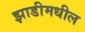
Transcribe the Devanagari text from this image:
झाडीमधील